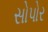
સોપોર